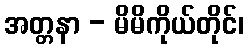
အတ္တနာ - မိမိကိုယ်တိုင်၊